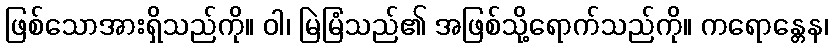
ဖြစ်သောအားရှိသည်ကို။ ဝါ၊ မြဲမြံသည်၏ အဖြစ်သို့ရောက်သည်ကို။ ကရောန္တေန၊